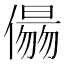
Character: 𠏑